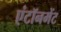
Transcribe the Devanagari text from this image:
एंटॉनमेंट